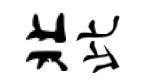
北此